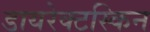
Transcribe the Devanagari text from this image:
डायरेक्टस्किन